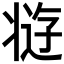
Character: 𰠘